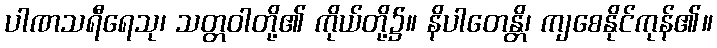
ပါဏသရီရေသု၊ သတ္တဝါတို့၏ ကိုယ်တို့၌။ နိပါတေန္တိ၊ ကျစေနိုင်ကုန်၏။